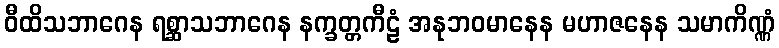
ဝီထိသဘာဂေန ရစ္ဆာသဘာဂေန နက္ခတ္တကီဠံ အနုဘဝမာနေန မဟာဇနေန သမာကိဏ္ဏံ